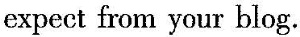
expect from your blog.